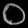
Digit: ၀